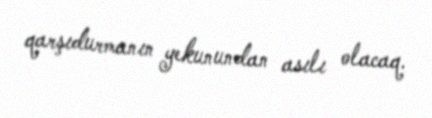
qarşıdurmanın yekunundan asılı olacaq.